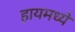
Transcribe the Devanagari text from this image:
हायमध्ये